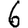
Digit: 6